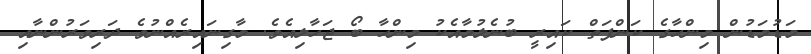
މަޑުމަޑުން މިންހާގެ ކަންފަތް ކައިރީ ބުނެލުމާއެކު މިންހާ ބޯ ޖަހާލިއެވެ. މާގިނައިރެއްނުވެ ދަރިވަރުންނާއި